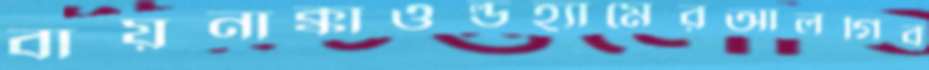
বায়নাক্কাওল্ডহ্যামেরআলগিব